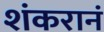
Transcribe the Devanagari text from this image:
शंकरानं